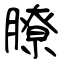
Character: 膫